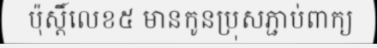
ប៉ុស្តិ៍លេខ៥ មានកូនប្រុសភ្ជាប់ពាក្យ